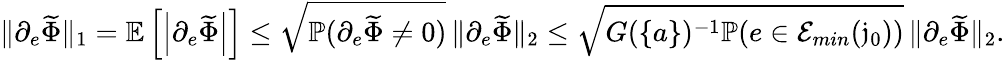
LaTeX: \| \partial_{e}\widetilde{\Phi}\| _{1}=\mathbb{E}\left[\left|\partial_{e}\widetilde{\Phi}\right|\right]\le\sqrt{\mathbb{P}(\partial_{e}\widetilde{\Phi}\ne 0)}\, \| \partial_{e}\widetilde{\Phi}\| _{2}\le\sqrt{G(\{ a\} )^{-1}\mathbb{P}(e\in\mathcal{E}_{min}(\mathfrak{j}_{0}))}\, \| \partial_{e}\widetilde{\Phi}\| _{2}.